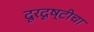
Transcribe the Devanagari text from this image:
दूरदृष्टीचा